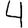
Digit: 4